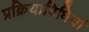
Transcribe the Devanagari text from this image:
प्रक्रियाविधियां